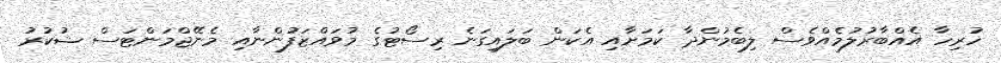
ހުރިހާ އެއްބާރުލުމެއްވެސް ލިބެމުންދާ ކަމަށާއި އެކަން ބަލައިިގަނެ ރިސޯޓުގެ މުވައްޒަފުންނާއި މެނޭޖްމަންޓަސް ޝުކުރު